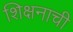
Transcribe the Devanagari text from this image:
शिक्षनाची